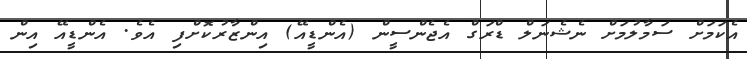
އެކަމަށް ސަމާލުމަށް ނެޝެނަލް ޑްރަގް އެޖެންސީން (އެންޑީއޭ) އިންޒާރުކޮށްފި އެވެ. އެންޑީއޭ އިން